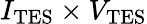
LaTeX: I_{\mathrm{TES}}\times V_{\mathrm{TES}}